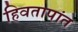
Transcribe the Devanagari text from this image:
हिवतापांत